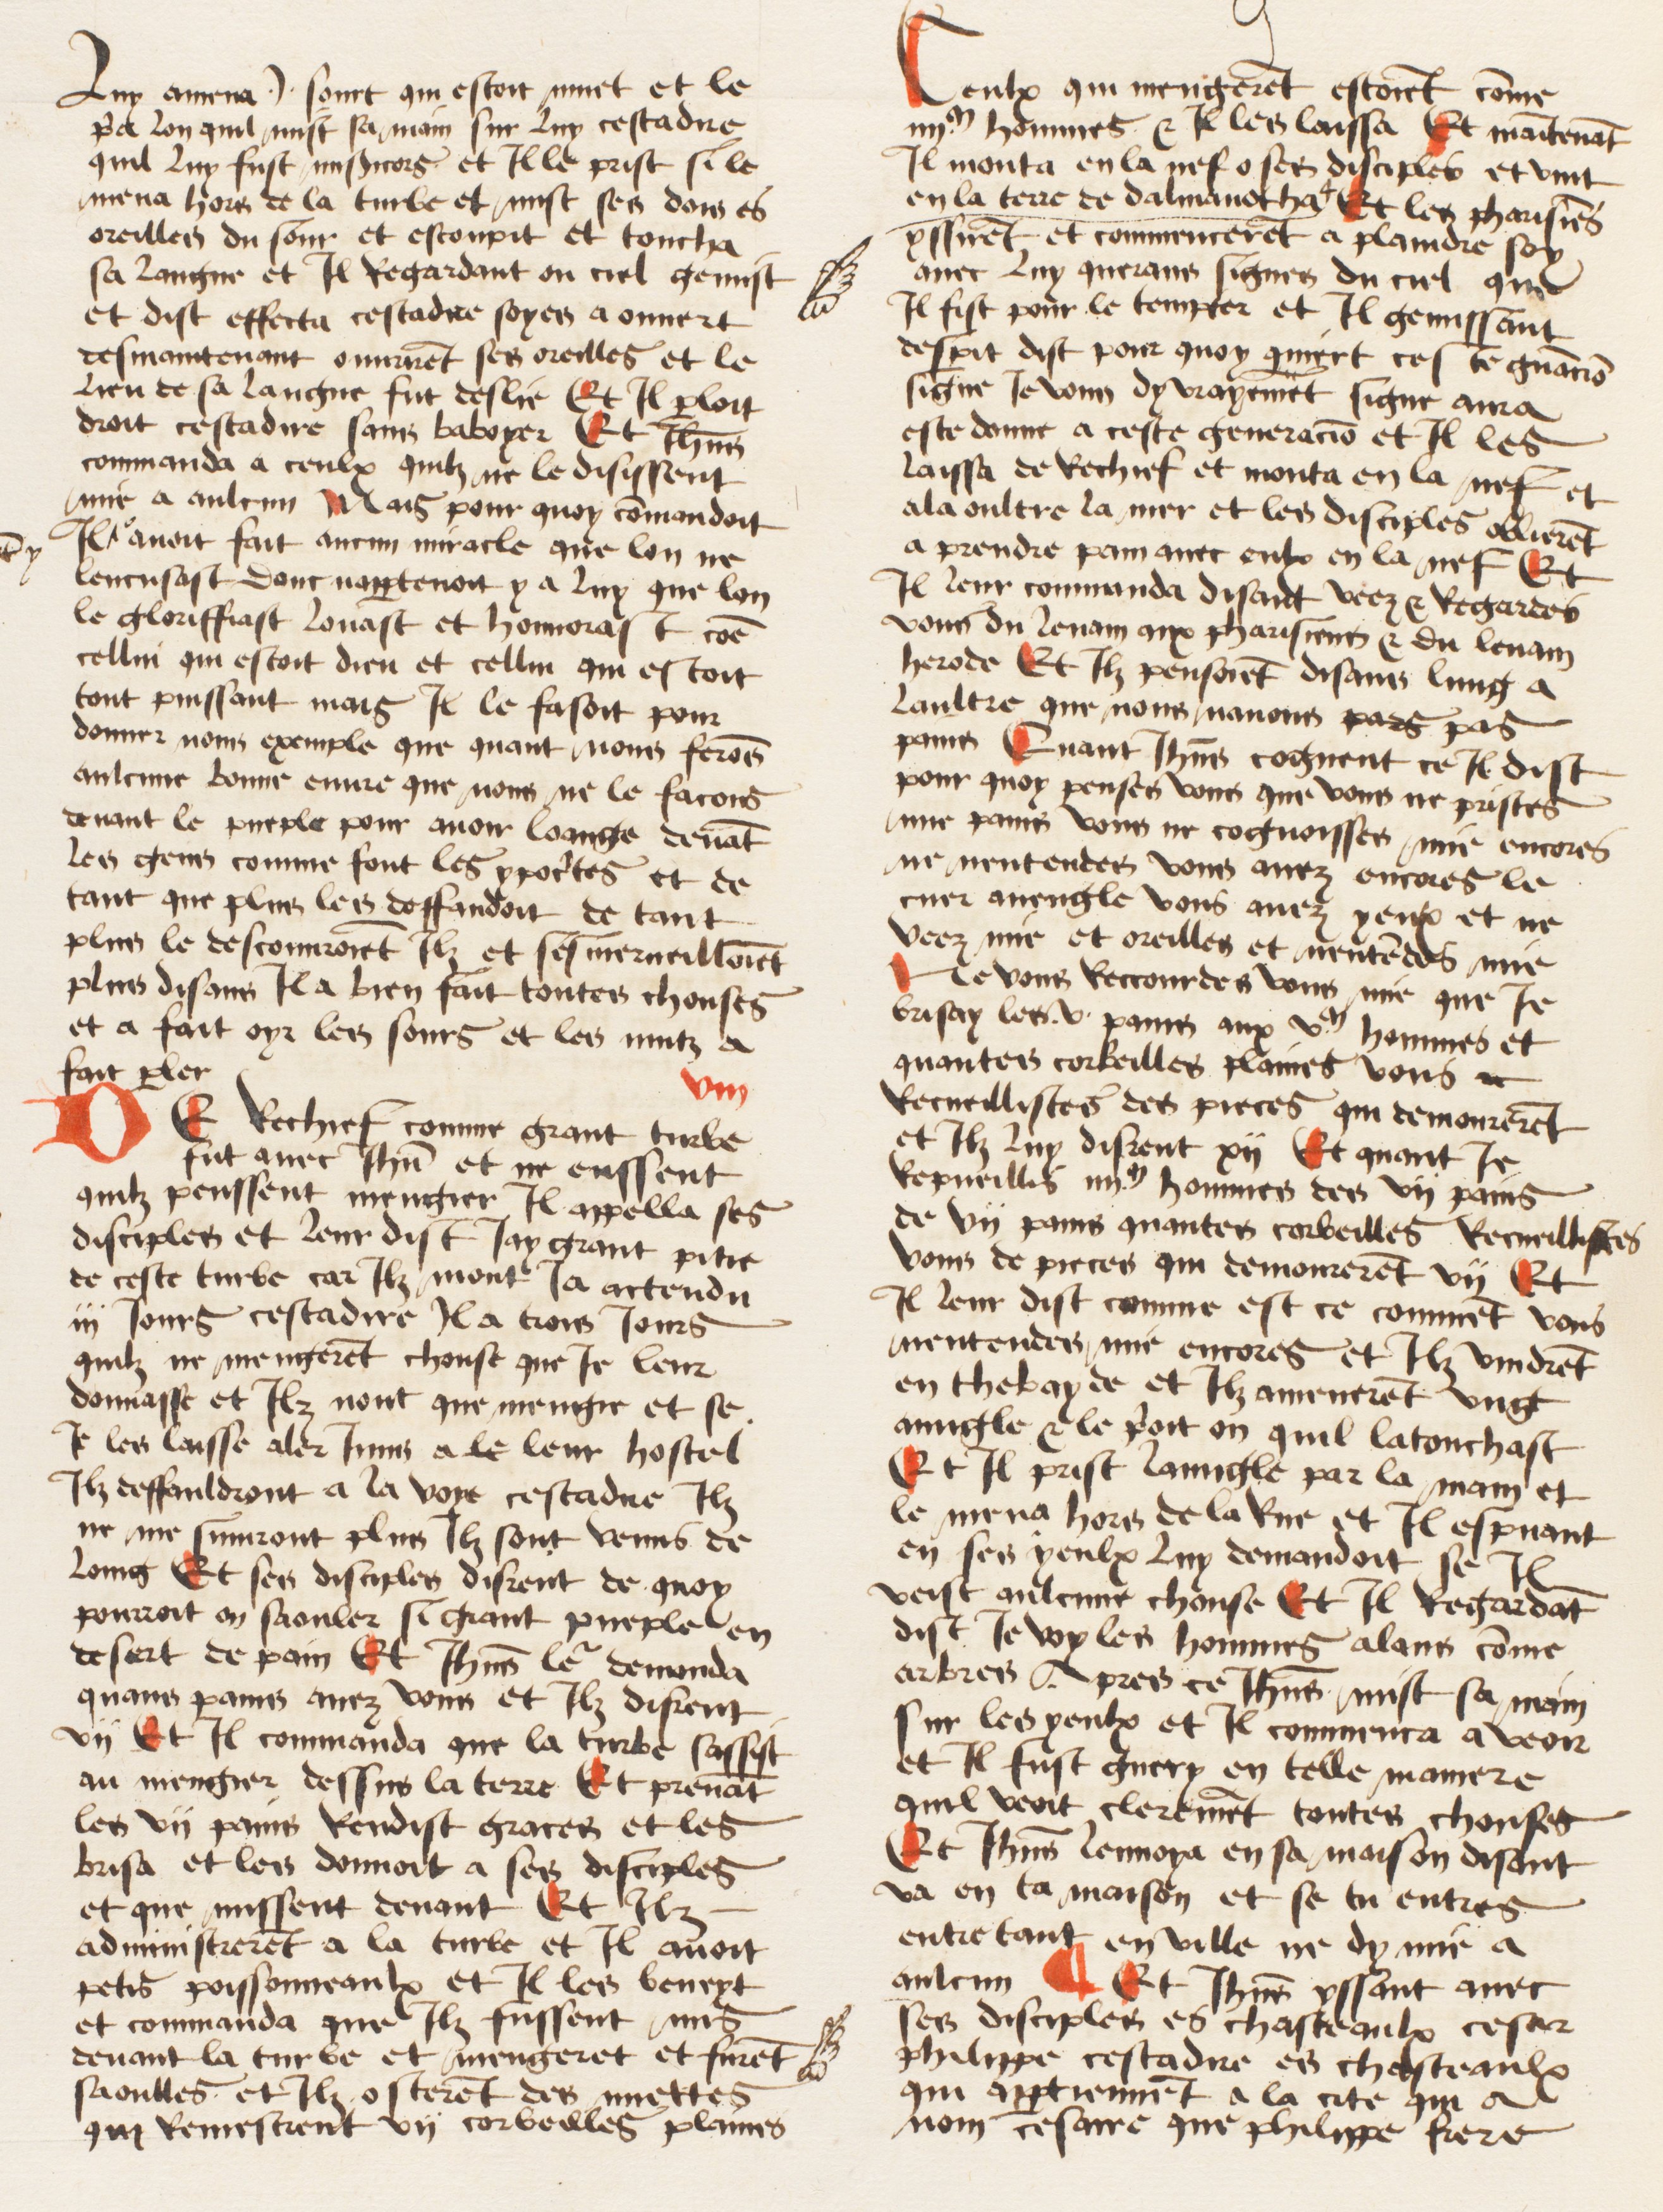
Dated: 1474–1474